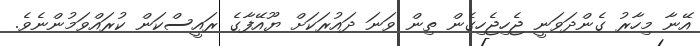
އޭނާ މިހާރު ގެންދަވަނީ ޖެހިޖެހިގެން ތިން ވަނަ ދައުރަކަށް ޔޫއޭފާގެ ރައީސްކަން ކުރައްވަމުންނެވެ.